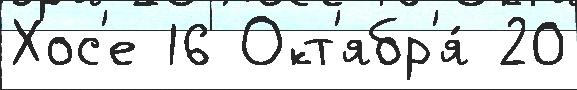
Хос'е 16 Окт'ябр'я́ 20